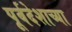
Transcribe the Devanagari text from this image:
पूर्वदेशाच्या